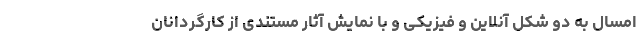
امسال به دو ‌شکل آنلاین و فیزیکی و با نمايش آثار مستندی از کارگردانان